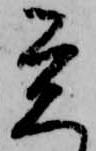
覚